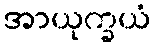
အာယုက္ခယံ